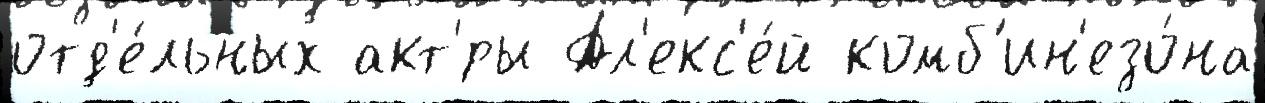
отд'е́льных акт'́ры Ал'екс'е́й комб'ин'езо́на